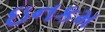
ઇનકમ